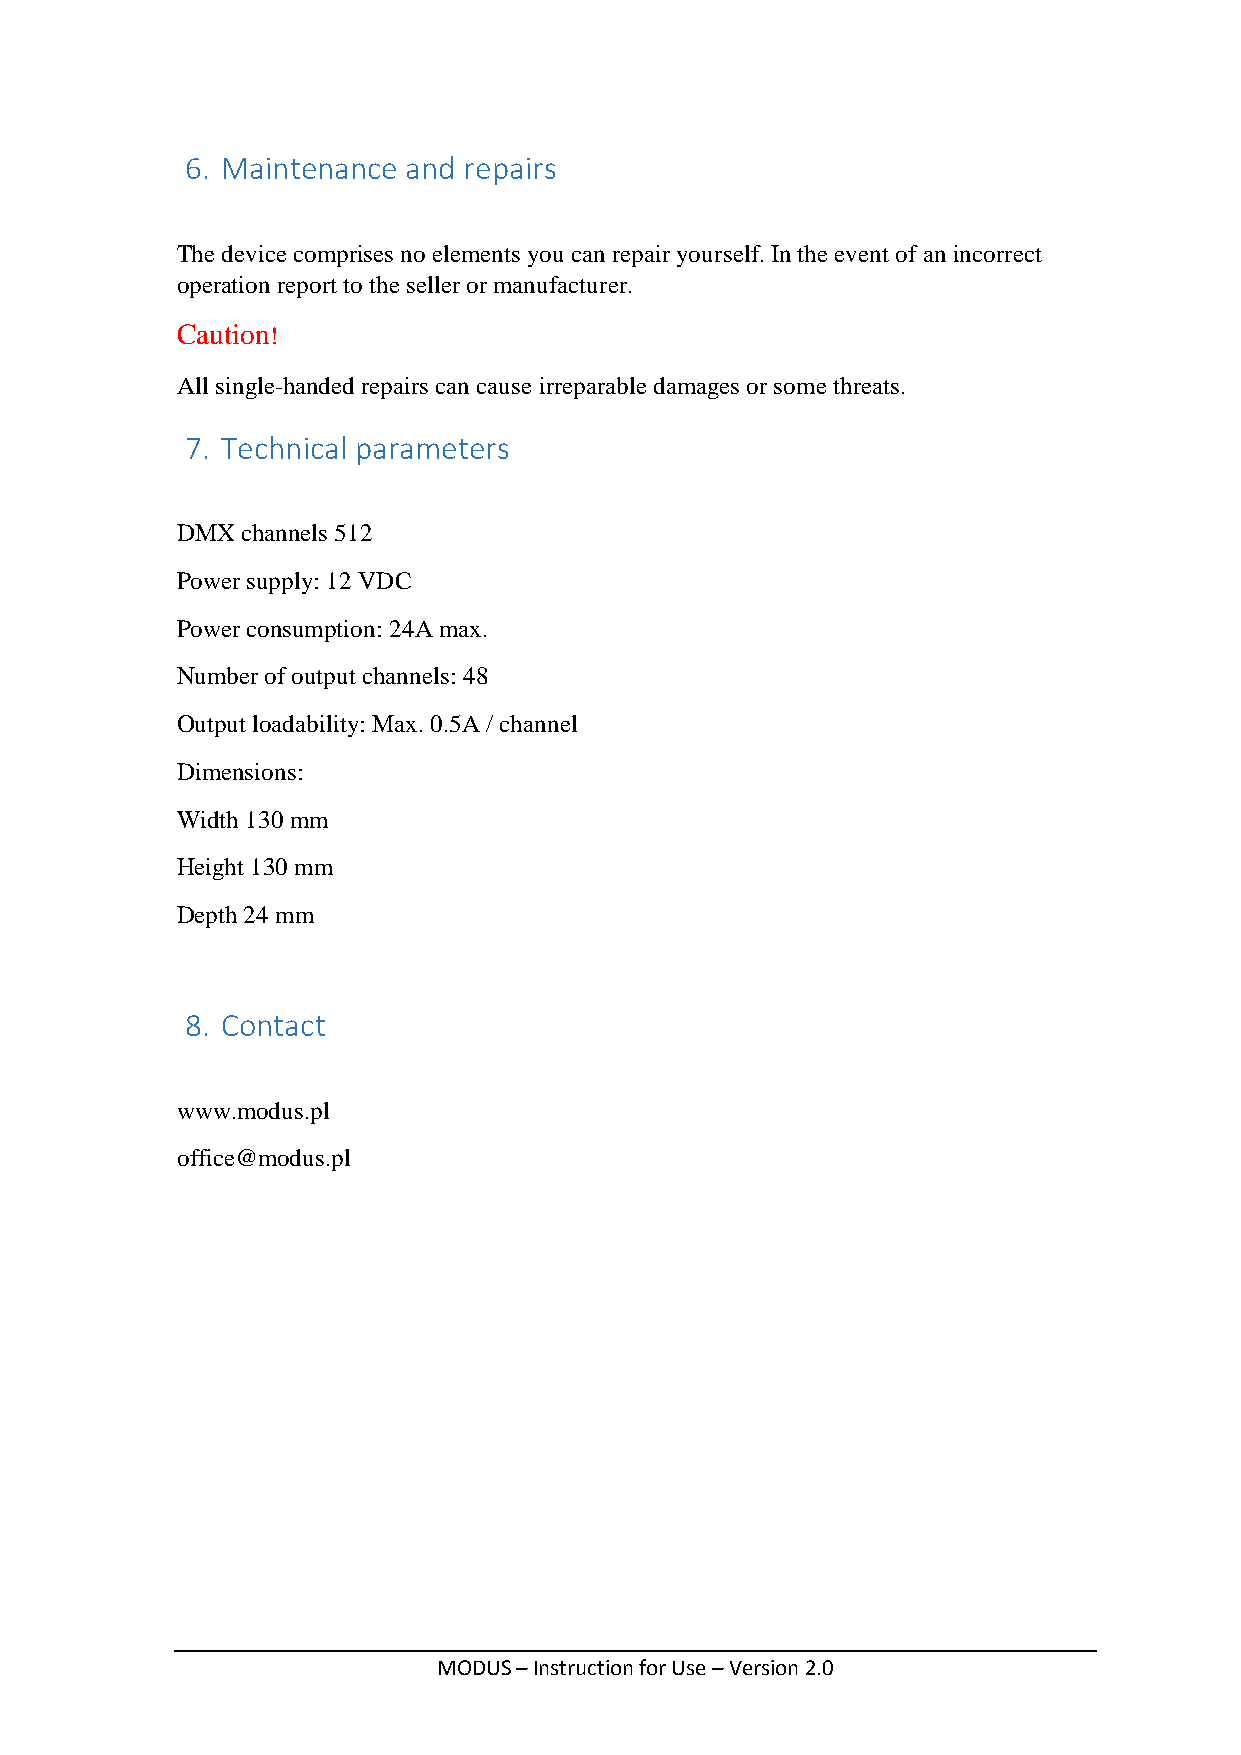
6. Maintenance and repairs
 The device comprises no elements you can repair yourself. In the event of an incorrect
 operation report to the seller or manufacturer.
 Caution!
 All single-handed repairs can cause irreparable damages or some threats.
 7. Technical parameters
 DMX channels 512
 Power supply: 12 VDC
 Power consumption: 24A max.
 Number of output channels: 48
 Output loadability: Max. 0.5A / channel
 Dimensions:
 Width 130 mm
 Height 130 mm
 Depth 24 mm
 8. Contact
 www.modus.pl
 office@modus.pl
 MODUS – Instruction for Use – Version 2.0